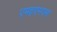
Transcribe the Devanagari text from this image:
एमइएमएस